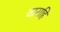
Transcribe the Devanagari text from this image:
वाराहि